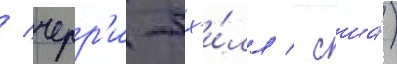
/ черр'и-х'и́лл / сша́)